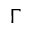
\Gamma